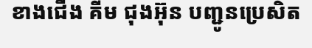
ខាងជើង គីម ជុងអ៊ុន បញ្ជូនប្រេសិត